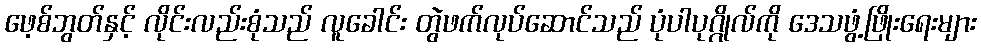
ဖေ့စ်ဘွတ်နှင့် လိုင်းလည်းစုံသည် လူခေါင်း တွဲဖက်လုပ်ဆောင်သည် ပုံပါပုဂ္ဂိုလ်ကို ဒေသဖွံ့ဖြိုးရေးများ